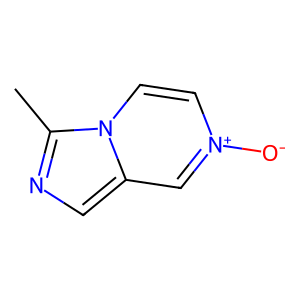
SMILES: Cc1ncc2c[n+]([O-])ccn12
Inhibits HIV replication: No